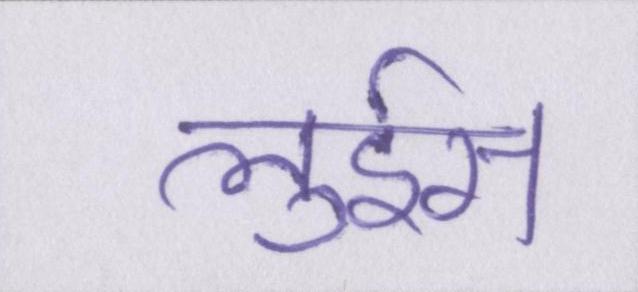
लुईस